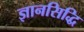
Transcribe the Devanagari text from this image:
ज्ञानसिद्धि